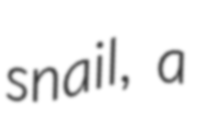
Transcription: snail, a